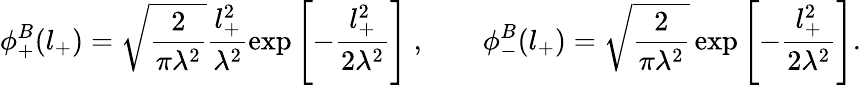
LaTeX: \phi_{+}^{B}(l_{+})=\sqrt{\frac{2}{\pi\lambda^{2}}}\frac{l_{+}^{2}}{\lambda^{2}}\exp\left[-\frac{l_{+}^{2}}{2\lambda^{2}}\right]\ ,\qquad\phi_{-}^{B}(l_{+})=\sqrt{\frac{2}{\pi\lambda^{2}}}\exp\left[-\frac{l_{+}^{2}}{2\lambda^{2}}\right].